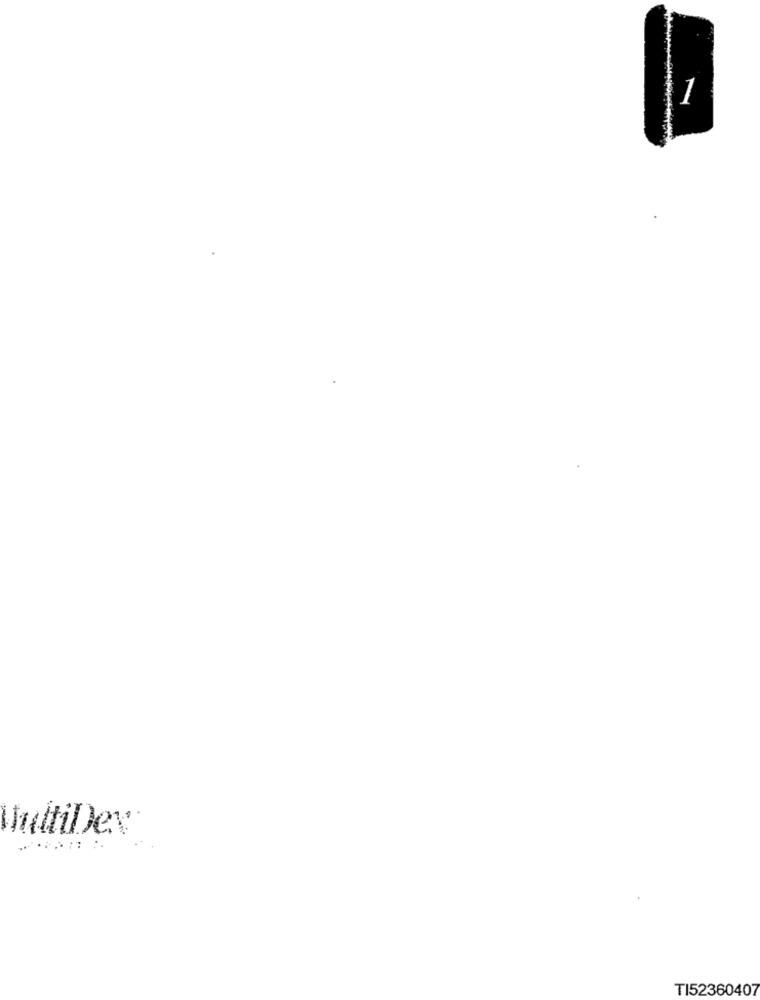
MuttiDex
TI52360407